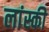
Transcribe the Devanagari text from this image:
लांस्की